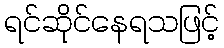
ရင်ဆိုင်နေရသဖြင့်